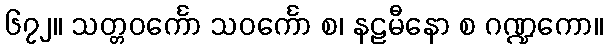
၆၇၂။ သတ္တဝင်္ကော သဝင်္ကော စ၊ နဠမီနော စ ဂဏ္ဍကော။